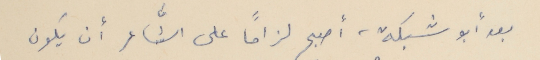
بعد أبو شبكة، أصبح لزاماً على الشَّاعر أن يكون